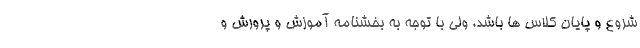
شروع و پایان کلاس ها باشد، ولی با توجه به بخشنامه آموزش و پرورش و